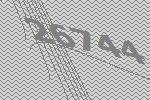
26744